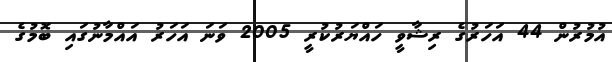
އުމުރުން 44 އަހަރުގެ ރިޝާވީ ހައްޔަރުކުރީ 2005 ވަނަ އަހަރު އައްމާނުގައި ބޮމުގެ